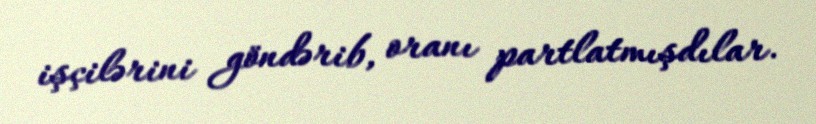
işçilərini göndərib, oranı partlatmışdılar.